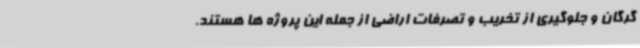
گرگان و جلوگیری از تخریب و تصرفات اراضی از جمله این پروژه ها هستند.